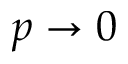
p \rightarrow 0